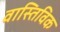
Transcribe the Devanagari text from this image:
वास्तिविक